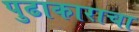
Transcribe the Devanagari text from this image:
पुढाकाराचा